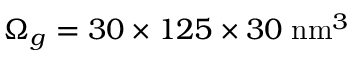
\Omega _ { g } = 3 0 \times 1 2 5 \times 3 0 \; \mathrm { n m } ^ { 3 }